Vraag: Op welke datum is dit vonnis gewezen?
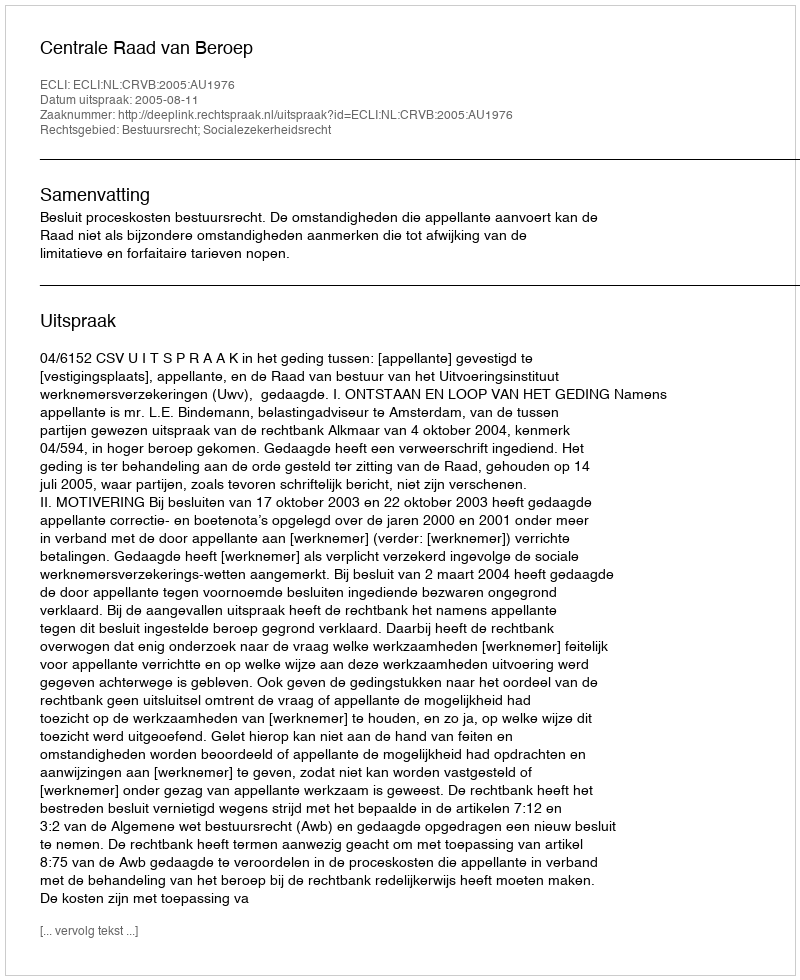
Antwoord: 2005-08-11